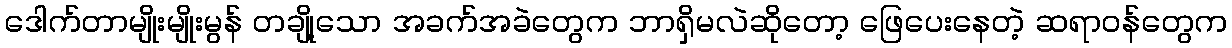
ဒေါက်တာမျိုးမျိုးမွန် တချို့သော အခက်အခဲတွေက ဘာရှိမလဲဆိုတော့ ဖြေပေးနေတဲ့ ဆရာဝန်တွေက